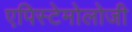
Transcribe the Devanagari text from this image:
एपिस्टेमोलोजी